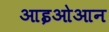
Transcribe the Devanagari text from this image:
आइओआन